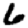
Digit: 6